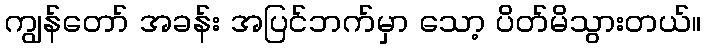
ကျွန်တော် အခန်း အပြင်ဘက်မှာ သော့ ပိတ်မိသွားတယ်။